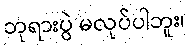
ဘုရားပွဲ မလုပ်ပါဘူး၊